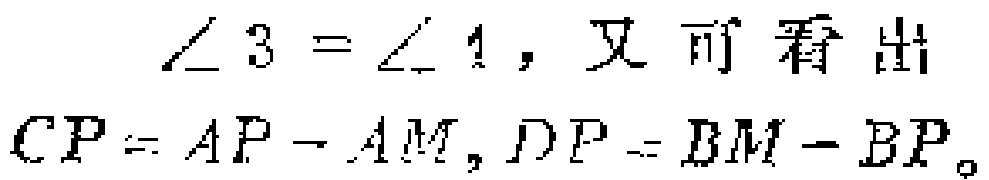
\(\angle 3 = \angle 1\)，又可看出

\(CP = AP - AM,DP = BM - BP。\)